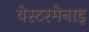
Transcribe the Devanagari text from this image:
वेस्टरमेनाइ